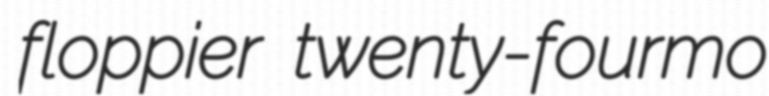
floppier twenty-fourmo